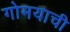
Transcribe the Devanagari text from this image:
गोमयाची